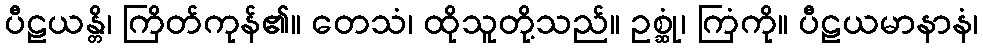
ပီဠယန္တိ၊ ကြိတ်ကုန်၏။ တေသံ၊ ထိုသူတို့သည်။ ဥစ္ဆုံ၊ ကြံကို။ ပီဠယမာနာနံ၊